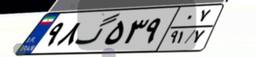
۹۸گ۵۳۹۰۷